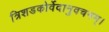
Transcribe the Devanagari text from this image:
त्रिशडकोर्वेदानुवचनम्।